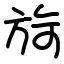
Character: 㫊